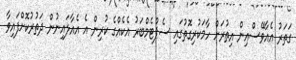
ގަތަރު އެއާވޭސްއިން އިތުރަށް ހާމަކުރިގޮތުގައި ސެޕްޓެމްބަރު އެކެއްގެ ކުރިން އެ އެއާލައިނުން ދަތުރުކޮށްފައިވާ